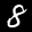
Label: 8